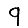
Digit: 9